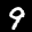
Digit: 9